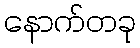
နောက်တခု